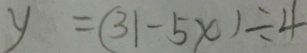
y = ( 3 1 - 5 x ) \div 4